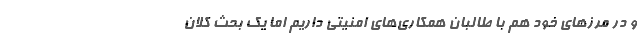
و در مرزهاي خود هم با طالبان همكاري‌هاي امنيتي داريم اما يك بحث كلان